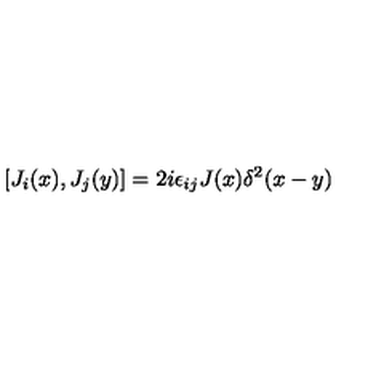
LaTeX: [ J _ { i } ( x ) , J _ { j } ( y ) ] = 2 i \epsilon _ { i j } J ( x ) \delta ^ { 2 } ( x - y )